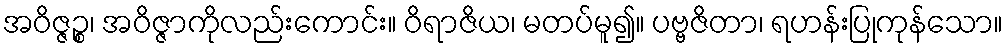
အဝိဇ္ဇဉ္စ၊ အဝိဇ္ဇာကိုလည်းကောင်း။ ဝိရာဇိယ၊ မတပ်မူ၍။ ပဗ္ဗဇိတာ၊ ရဟန်းပြုကုန်သော။